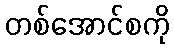
တစ်အောင်စကို